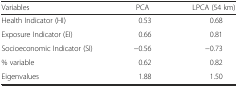
<table><thead><tr><td><b>Variables</b></td><td><b>PCA</b></td><td><b>LPCA (54 km)</b></td></tr></thead><tbody><tr><td>Health Indicator (HI)</td><td>0.53</td><td>0.68</td></tr><tr><td>Exposure Indicator (EI)</td><td>0.66</td><td>0.81</td></tr><tr><td>Socioeconomic Indicator (SI)</td><td>−0.56</td><td>−0.73</td></tr><tr><td>% variable</td><td>0.62</td><td>0.82</td></tr><tr><td>Eigenvalues</td><td>1.88</td><td>1.50</td></tr></tbody></table>